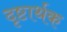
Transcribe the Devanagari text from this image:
दृष्टार्थक